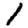
Digit: 1